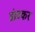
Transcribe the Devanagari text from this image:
डंाटकर